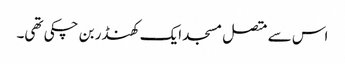
اس سے متصل مسجد ایک کھنڈر بن چکی تھی۔